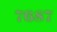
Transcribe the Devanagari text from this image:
७६८७